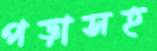
পড়াসহ